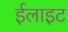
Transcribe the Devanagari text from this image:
ईलाइट